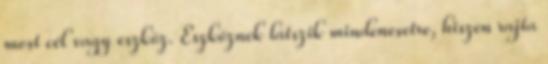
most cél vagy eszköz. Eszköznek látszik mindenesetre, hiszen rajta